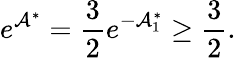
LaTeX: e^{\mathcal{A}^{\ast}}=\frac{3}{2}e^{-\mathcal{A}_{1}^{\ast}}\geq\frac{3}{2}.